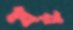
ষয়